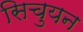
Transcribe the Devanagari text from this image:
सिचुयन